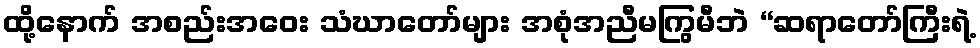
ထို့နောက် အစည်းအဝေး သံဃာတော်များ အစုံအညီမကြွမီဘဲ “ဆရာတော်ကြီးရဲ့